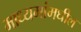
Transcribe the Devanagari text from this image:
माध्यमांमधील